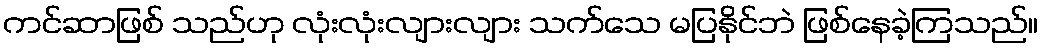
ကင်ဆာဖြစ် သည်ဟု လုံးလုံးလျားလျား သက်သေ မပြနိုင်ဘဲ ဖြစ်နေခဲ့ကြသည်။